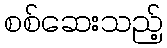
စစ်ဆေးသည့်